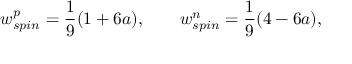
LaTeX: w _ { s p i n } ^ { p } = \frac { 1 } { 9 } ( 1 + 6 a ) , \qquad w _ { s p i n } ^ { n } = \frac { 1 } { 9 } ( 4 - 6 a ) ,